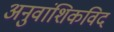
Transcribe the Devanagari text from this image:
अनुवांशिकविद